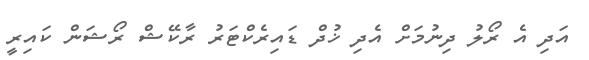
އަދި އެ ރޯލު ދިނުމަށް އެދި ޚުދް ޑައިރެކްޓަރު ރާކޭޝް ރޯޝަން ކައިރީ